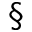
^ { \S }